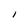
Character: I